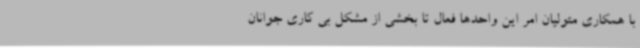
با همکاری متولیان امر این واحدها فعال تا بخشی از مشکل بی کاری جوانان